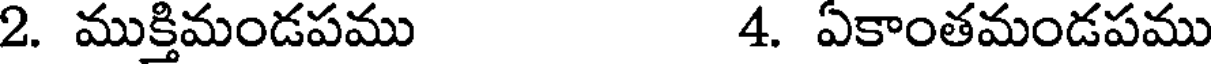
2. ముక్తిమండపము 4. ఏకాంతమండపము